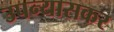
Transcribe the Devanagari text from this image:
उपन्यासकर